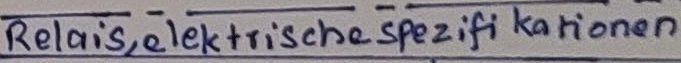
Text: Relais,elektrischespezifikationen